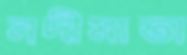
নদীমাতা